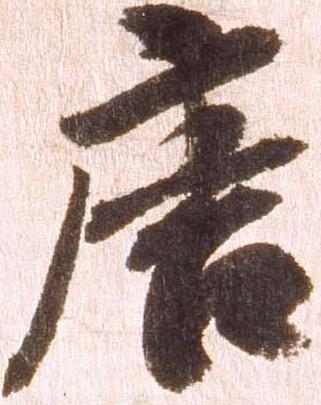
唐